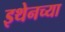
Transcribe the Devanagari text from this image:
इथेनच्या